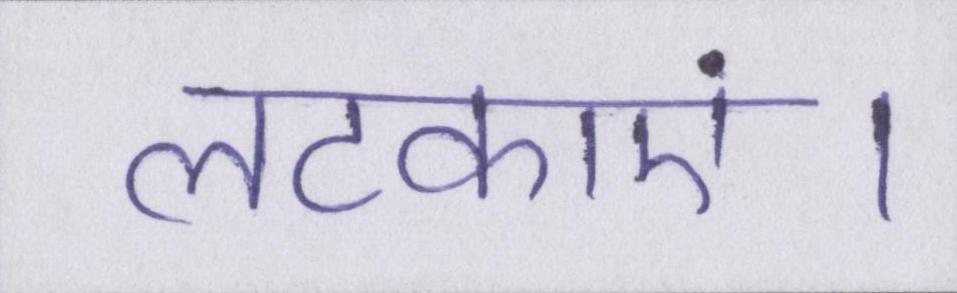
लटकाएं।